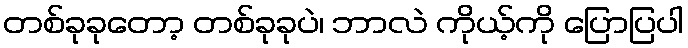
တစ်ခုခုတော့ တစ်ခုခုပဲ၊ ဘာလဲ ကိုယ့်ကို ပြောပြပါ